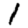
Digit: 1